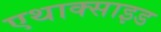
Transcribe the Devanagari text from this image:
एथाक्साइड